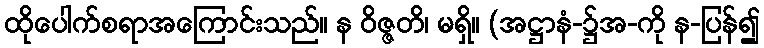
ထိုပေါက်စရာအကြောင်းသည်။ န ဝိဇ္ဇတိ၊ မရှိ။ (အဋ္ဌာနံ-၌အ-ကို န-ပြန်၍